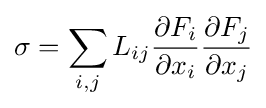
\sigma =\sum _{i,j}L_{ij}{\frac {\partial F_{i}}{\partial x_{i}}}{\frac {\partial F_{j}}{\partial x_{j}}}